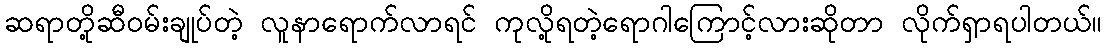
ဆရာတို့ဆီဝမ်းချုပ်တဲ့ လူနာရောက်လာရင် ကုလို့ရတဲ့ရောဂါကြောင့်လားဆိုတာ လိုက်ရှာရပါတယ်။